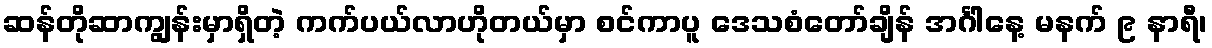
ဆန်တိုဆာကျွန်းမှာရှိတဲ့ ကက်ပယ်လာဟိုတယ်မှာ စင်ကာပူ ဒေသစံတော်ချိန် အင်္ဂါနေ့ မနက် ၉ နာရီ၊